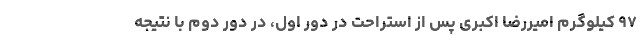
۹۷ کیلوگرم امیررضا اکبری پس از استراحت در دور اول، در دور دوم با نتیجه